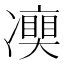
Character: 𠘘